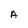
Character: A